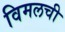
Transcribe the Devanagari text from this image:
विमलची